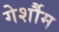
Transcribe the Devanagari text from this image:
गेर्शौम